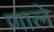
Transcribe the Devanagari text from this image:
णाले